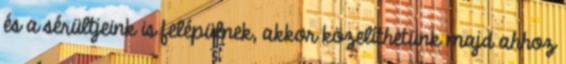
és a sérültjeink is felépülnek, akkor közelíthetünk majd ahhoz